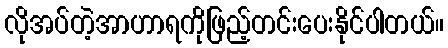
လိုအပ်တဲ့အာဟာရကိုဖြည့်တင်းပေးနိုင်ပါတယ်။